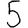
Digit: 5